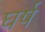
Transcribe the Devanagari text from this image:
घर्ष